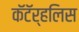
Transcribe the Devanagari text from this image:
कॅटॅर्‍हलिस